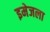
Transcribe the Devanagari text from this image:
इमेजला